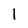
Character: 1